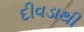
દીવડાથી